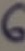
Text: 6